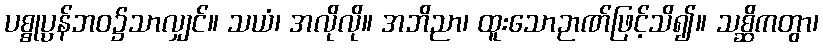
ပစ္စုပ္ပန်ဘဝ၌သာလျှင်။ သယံ၊ အလိုလို။ အဘိညာ၊ ထူးသောဉာဏ်ဖြင့်သိ၍။ သစ္ဆိကတွာ၊